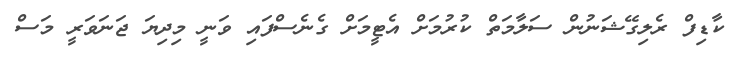
ކާޑިފް ރެލިގޭޝަނުން ސަލާމަތް ކުރުމަށް އެޓީމަށް ގެނެސްފައި ވަނީ މިދިޔަ ޖަނަވަރީ މަސް